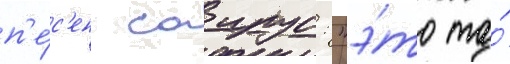
п'е́с'ен саирус: "э́то та́